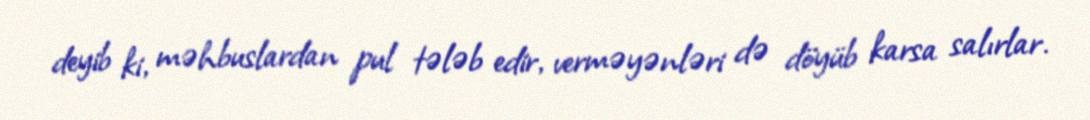
deyib ki, məhbuslardan pul tələb edir, verməyənləri də döyüb karsa salırlar.